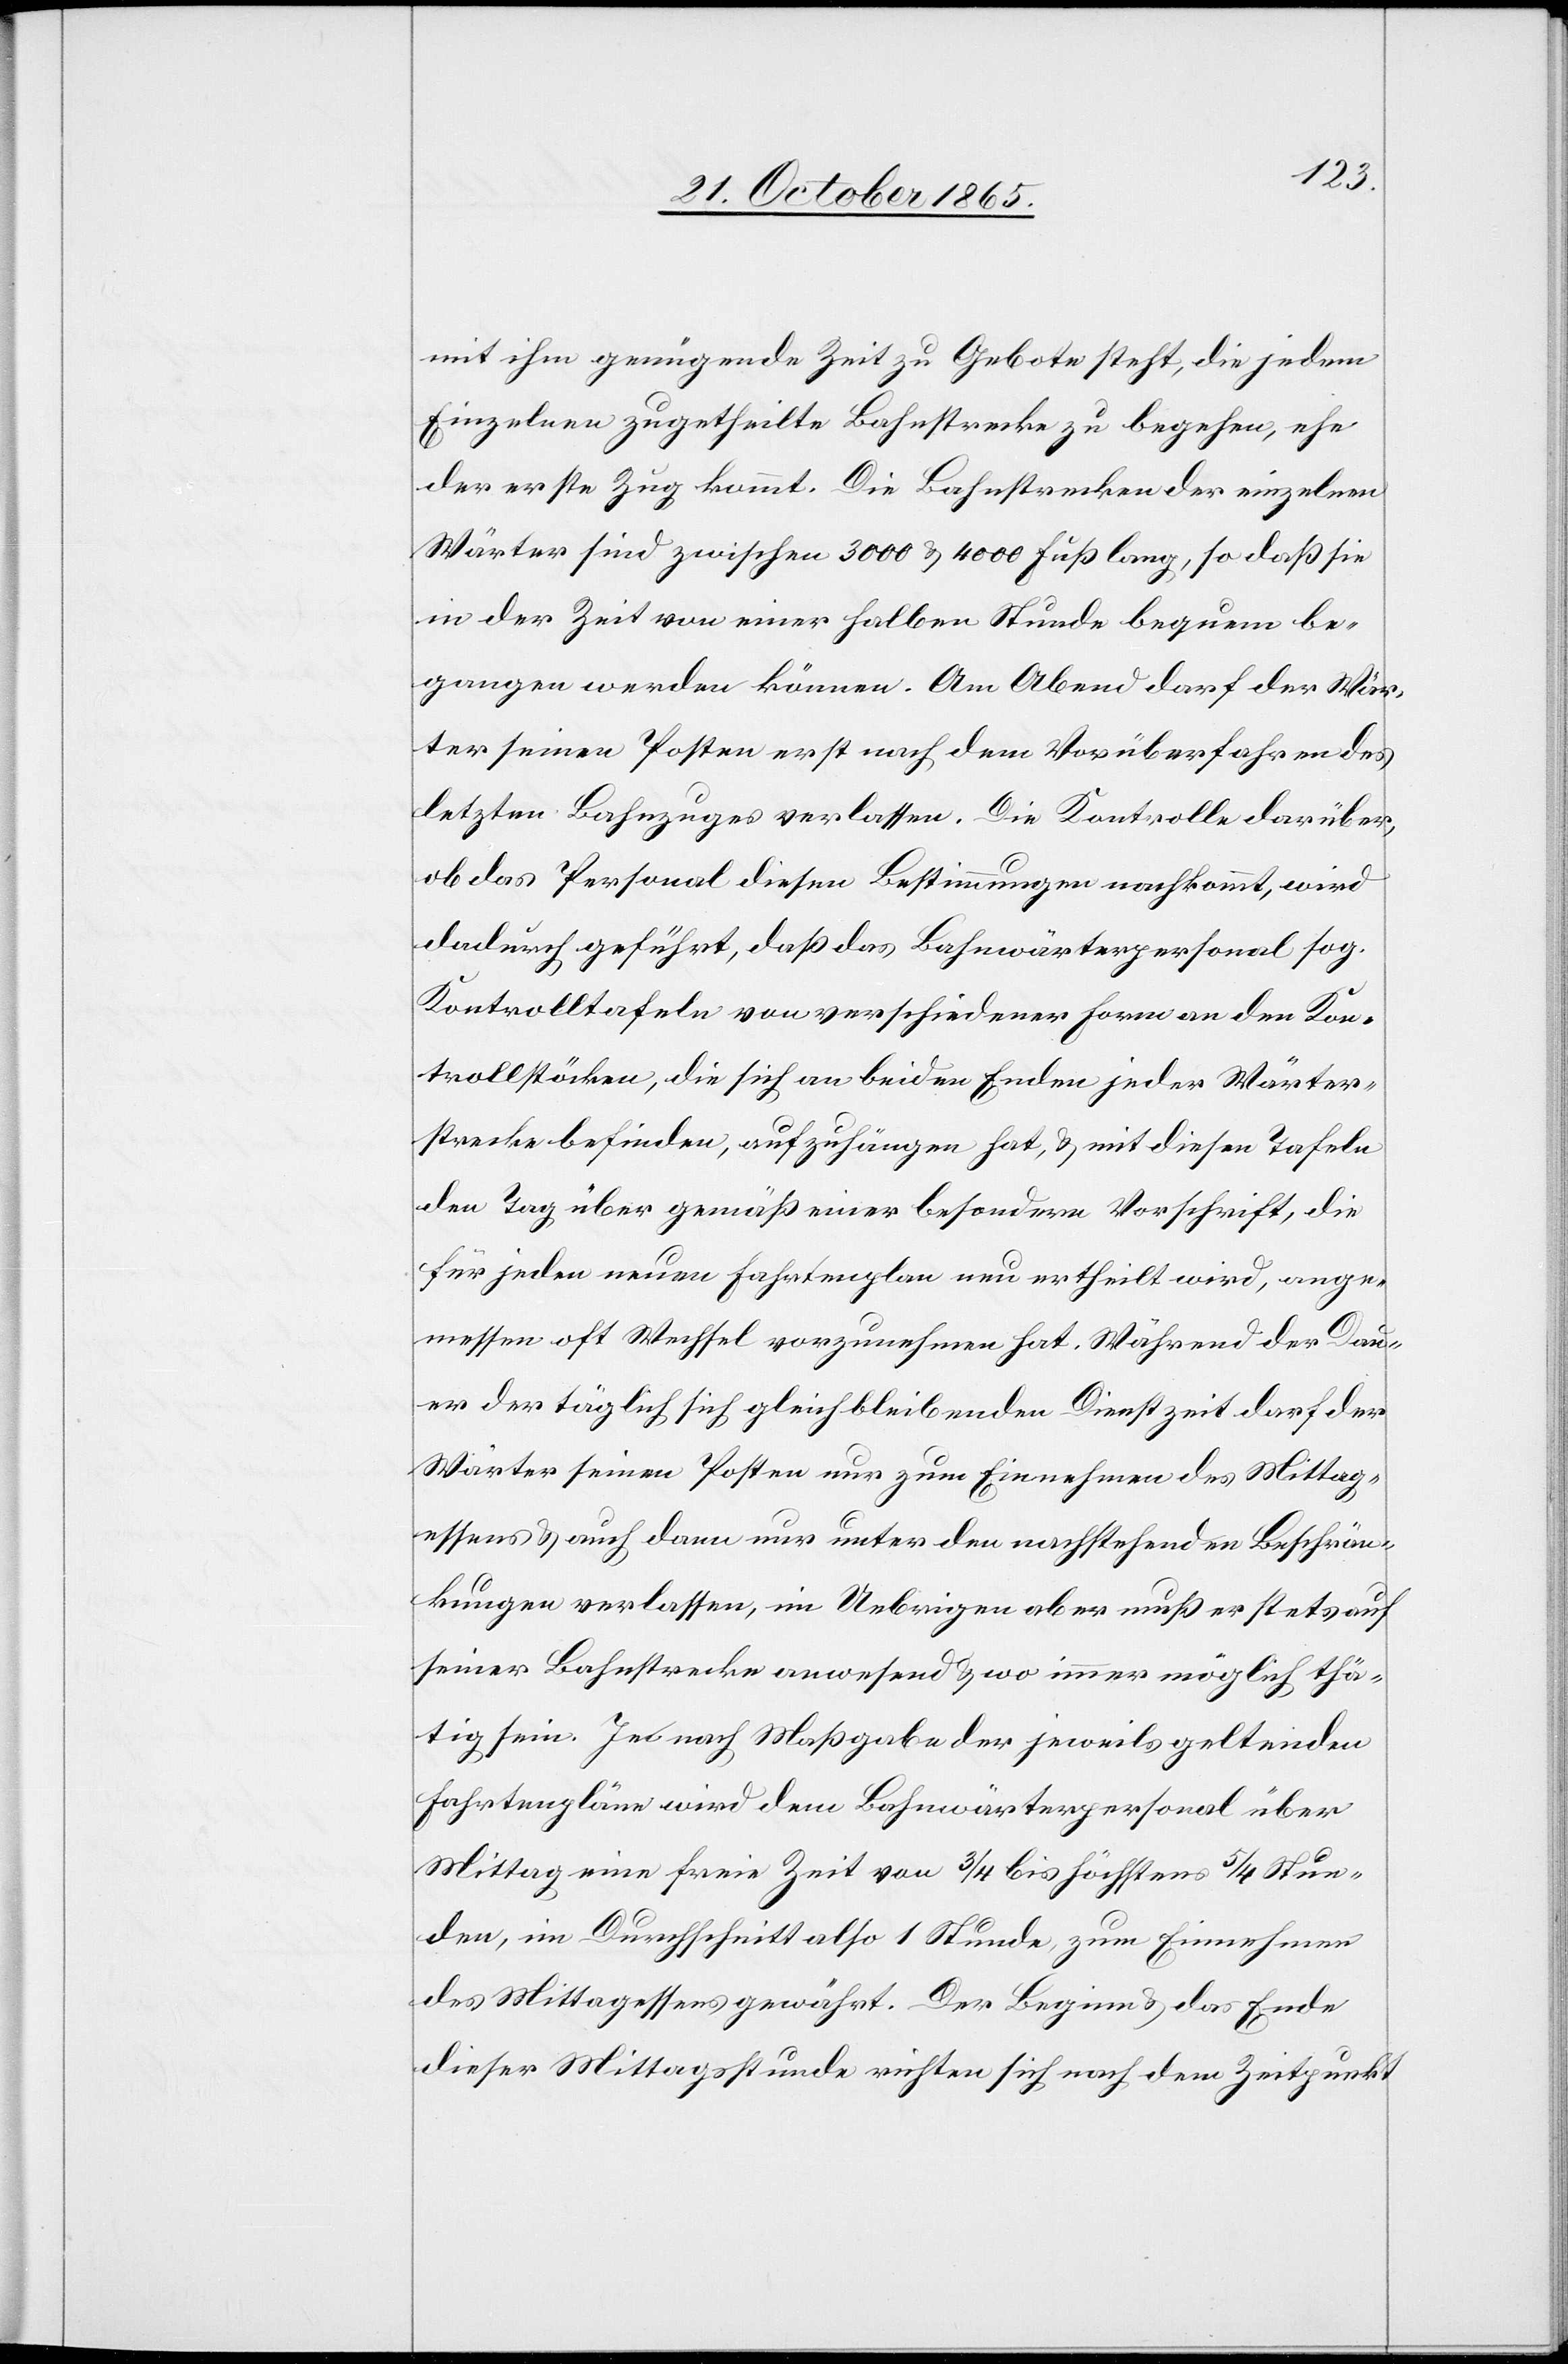
mit ihm genügende Zeit zu Gebote steht, die jedem
Einzelnen zugetheilte Bahnstrecke zu begehen, ehe
der erste Zug kommt. Die Bahnstrecken der einzelnen
Wärter sind zwischen 3000 & 4000 Fuß lang, so daß sie
in der Zeit von einer halben Stunde bequem be¬
gangen werden können. Am Abend darf der Wär¬
ter seinen Posten erst nach dem Vorüberfahren des
letzten Bahnzuges verlassen. Die Kontrolle darüber,
ob das Personal diesen Bestimmungen nachkommt, wird
dadurch geführt, daß das Bahnwärterpersonal sog.
Kontrolltafeln von verschiedener Form an den Kon¬
trollstöcken, die sich an beiden Enden jeder Wärter¬
strecke befinden, aufzuhängen hat, & mit diesen Tafeln
den Tag über gemäß einer besondern Vorschrift, die
für jeden neuen Fahrtenplan neu ertheilt wird, ange¬
messen oft Wechsel vorzunehmen hat. Während der Dau¬
er der täglich sich gleich bleibenden Dienstzeit darf der
Wärter seinen Posten nur zum Einnehmen des Mittag¬
essens & auch dann nur unter den nachstehenden Beschrän¬
kungen verlassen, im Uebrigen aber muß er stets auf
seiner Bahnstrecke anwesend & wo immer möglich thä¬
tig sein. Je nach Maßgabe der jeweils geltenden
Fahrtenpläne wird dem Bahnwärterpersonal über
Mittag eine freie Zeit von 3/4 bis höchstens 5/4 Stun¬
den, im Durchschnitt also 1 Stunde, zum Einnehmen
des Mittagessens gewährt. Der Beginn & das Ende
dieser Mittagsstunde richten sich nach dem Zeitpunkt